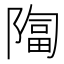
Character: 𫕑